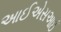
આઈએસઆઈ